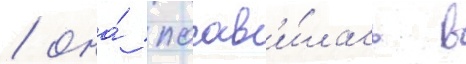
/ она́ поав'и́лась в